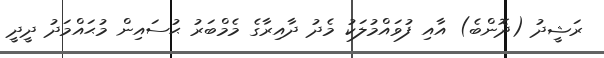
ރަޝީދު (ދޮންބެ) އާއި ފުވައްމުލަކު މެދު ދާއިރާގެ މެމްބަރު ޙުސައިން މުޙައްމަދު ދީދީ